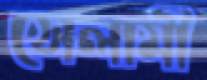
সেলামী